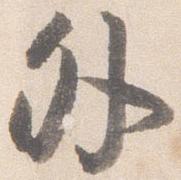
外